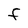
Character: F